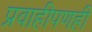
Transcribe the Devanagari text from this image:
प्रवाहीपणही